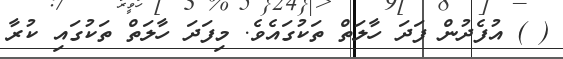
( ) އުފެދުން ފަދަ ހާލަތް ތަކުގައެވެ. މިފަދަ ހާލަތް ތަކުގައި ކުރާ